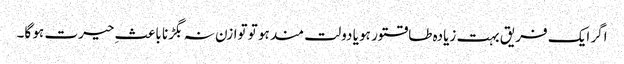
اگر ایک فریق بہت زیادہ طاقتور ہو یا دولت مند ہو تو توازن نہ بگڑنا باعثِ حیرت ہو گا۔